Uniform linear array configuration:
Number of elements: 32
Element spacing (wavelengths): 0.75
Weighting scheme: kaiser
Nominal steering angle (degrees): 0
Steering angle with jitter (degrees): -1.939
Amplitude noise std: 0.05
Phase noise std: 0.05

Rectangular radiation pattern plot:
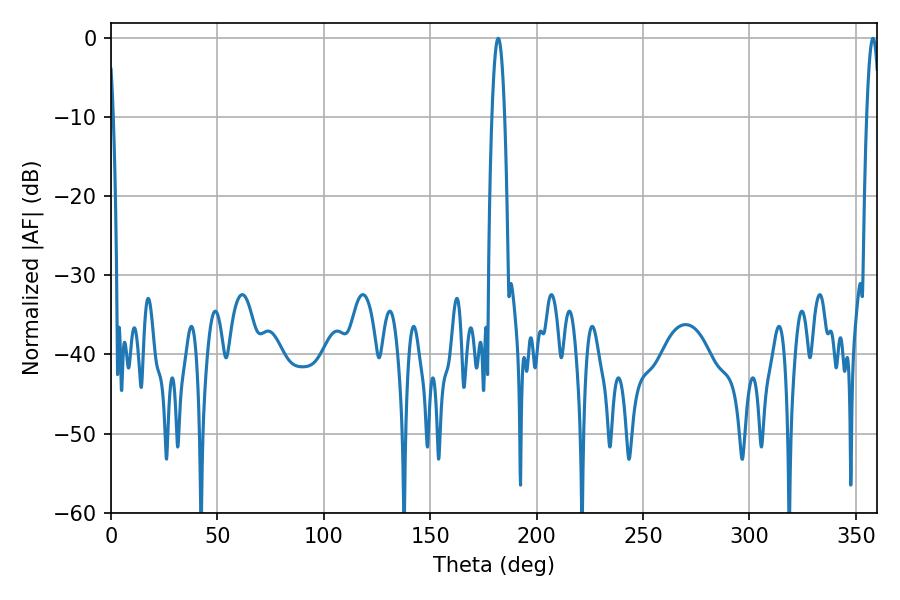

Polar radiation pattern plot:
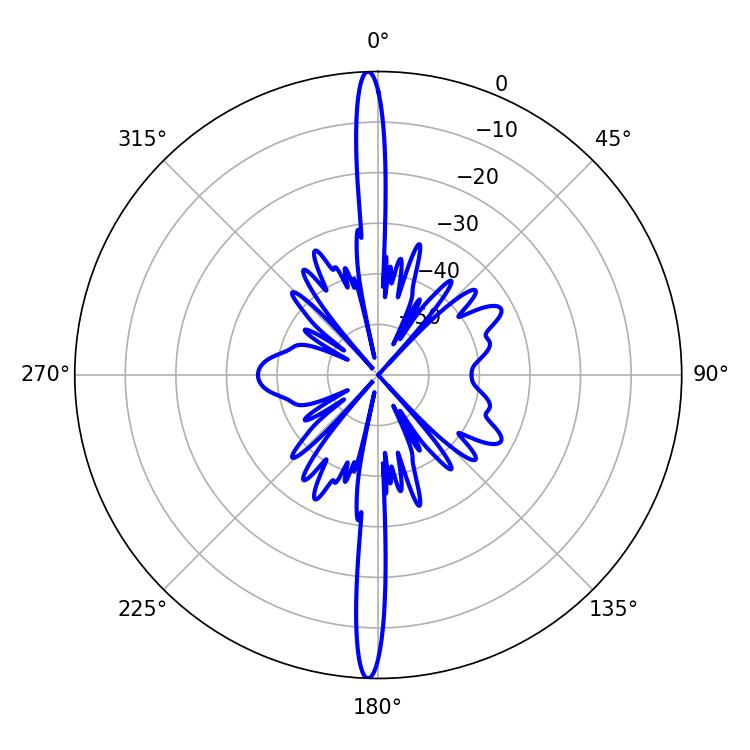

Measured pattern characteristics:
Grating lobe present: TRUE
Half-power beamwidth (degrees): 3.24
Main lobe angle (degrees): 181.98